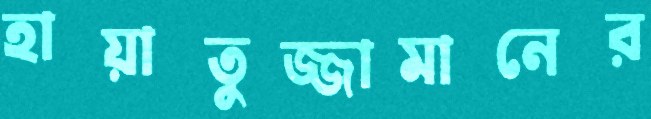
হায়াতুজ্জামানের